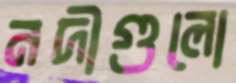
নদীগুলো